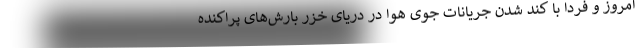
امروز و فردا با کند شدن جریانات جوی هوا در دریای خزر بارش‌های پراکنده